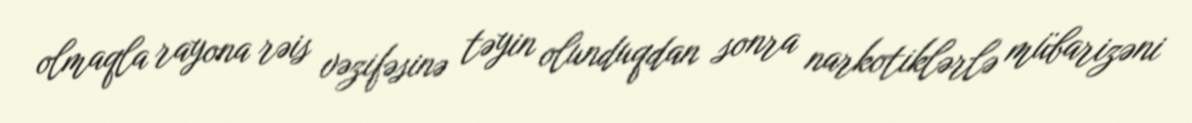
olmaqla rayona rəis vəzifəsinə təyin olunduqdan sonra narkotiklərlə mübarizəni